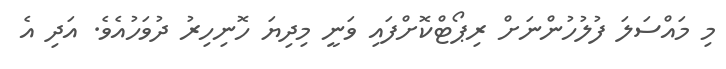
މި މައްސަލަ ފުލުހުންނަށް ރިޕޯޓްކޮށްފައި ވަނީ މިދިޔަ ހޮނިހިރު ދުވަހުއެވެ. އަދި އެ